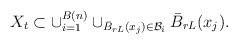
LaTeX: \begin{align*}X_t \subset \cup _{i=1}^{B(n)} \cup _{\bar{B}_{rL} (x_j) \in \mathcal{B}_i}\bar{B}_{rL} (x_j).\end{align*}